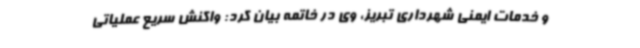
و خدمات ایمنی شهرداری تبریز، وی در خاتمه بیان کرد: واکنش سریع عملیاتی